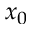
x _ { 0 }